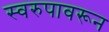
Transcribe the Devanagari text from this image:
स्वरुपावरून